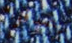
يصدقوا